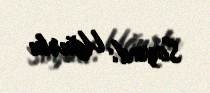
Soyad: Uğurlu